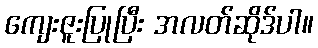
ကျေးဇူးပြုပြီး အလတ်ဆိုဒ်ပါ။